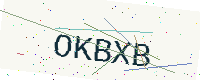
Text: OKBXB